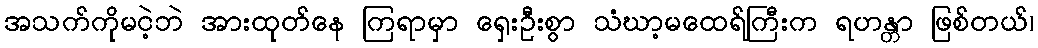
အသက်ကိုမငဲ့ဘဲ အားထုတ်နေ ကြရာမှာ ရှေးဦးစွာ သံဃာ့မထေရ်ကြီးက ရဟန္တာ ဖြစ်တယ်၊